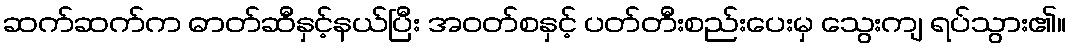
ဆက်ဆက်က ဓာတ်ဆီနှင့်နယ်ပြီး အဝတ်စနှင့် ပတ်တီးစည်းပေးမှ သွေးကျ ရပ်သွား၏။